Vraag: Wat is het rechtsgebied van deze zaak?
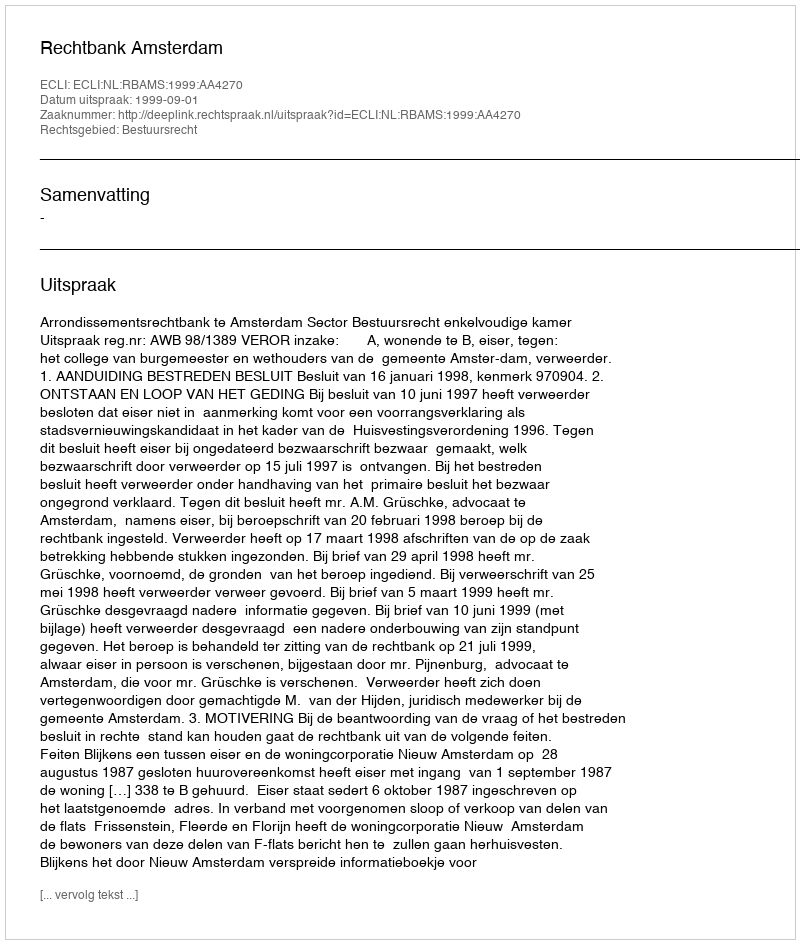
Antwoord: Bestuursrecht